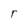
Character: r